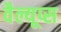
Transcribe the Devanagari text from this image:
वैल्यूप्स